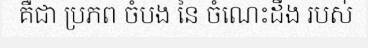
គឺជា ប្រភព ចំបង នៃ ចំណេះដឹង របស់